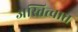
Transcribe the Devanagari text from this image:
अस्तित्‍वात